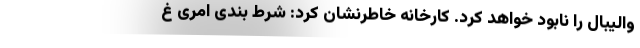
والیبال را نابود خواهد کرد. کارخانه خاطرنشان کرد: شرط بندی امری غ